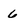
Character: 6